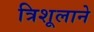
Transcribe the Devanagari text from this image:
त्रिशूलाने